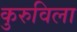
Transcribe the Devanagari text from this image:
कुरुविला